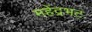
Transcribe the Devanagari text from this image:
महेंद्रभट